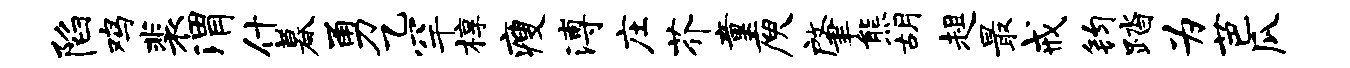
陷鸡裴渭什暮勇乙罕椁瘦溥庄芥童庾肇熊胡趄最戒钧踏为芭瓜